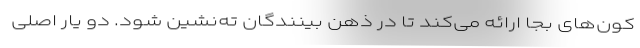
کون‌های بجا ارائه می‌کند تا در ذهن بینندگان ته‌نشین شود. دو یار اصلی